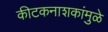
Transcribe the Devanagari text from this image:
कीटकनाशकांमुळे